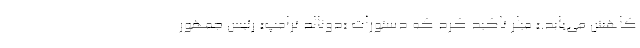
کاهش می‌یابد.» میلر تاکید کرد که دستورات «دونالد ترامپ» رئیس جمهور